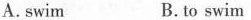
A.swim B.to swim